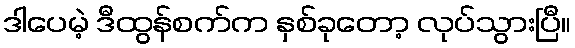
ဒါပေမဲ့ ဒီထွန်စက်က နှစ်ခုတော့ လုပ်သွားပြီ။